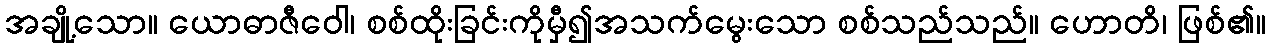
အချို့သော။ ယောဓာဇီဝေါ၊ စစ်ထိုးခြင်းကိုမှီ၍အသက်မွေးသော စစ်သည်သည်။ ဟောတိ၊ ဖြစ်၏။